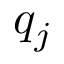
q _ { j }